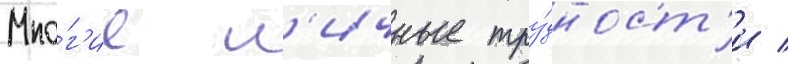
Мно́г'ие л'ичные тру́дност'и /